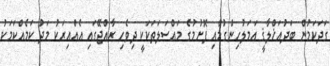
ގަދަކަމުން ބަދުއަޚްލާޤީ އަމަލުހިންގުމާއި ފޮށުމުގެ މައްސަލަތަކަކީ ދިވެހި ރާއްޖޭގައި އެއްއިރަކު މަދު ކަމެއްކަމަކު